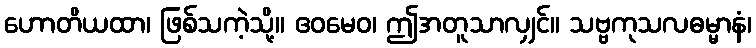
ဟောတိယထာ၊ ဖြစ်သကဲ့သို့။ ဧဝမေဝ၊ ဤအတူသာလျှင်။ သဗ္ဗကုသလဓမ္မာနံ၊